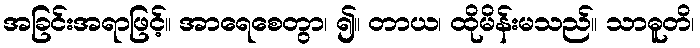
အခြင်းအရာဖြင့်။ အာရေစေတွာ၊ ၍။ တာယ၊ ထိုမိန်းမသည်။ သာဓူတိ၊